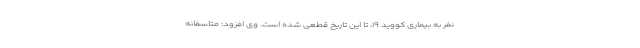
نفر به بیماری کووید ۱۹، تا این تاریخ قطعی شده است. وی افزود: متاسفانه